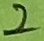
Text: 2